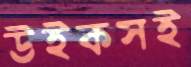
উইকসই